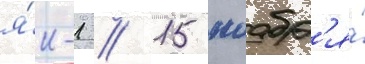
я́к-1 // 15 ноабр'я́